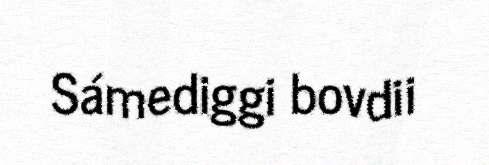
Sámediggi bovdii